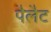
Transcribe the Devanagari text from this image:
पैलैट